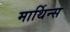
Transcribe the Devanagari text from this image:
मार्थिन्स